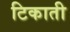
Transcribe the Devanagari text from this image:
टिकाती